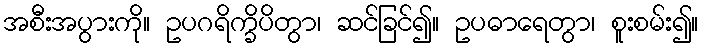
အစီးအပွားကို။ ဥပဂရိက္ခိပိတွာ၊ ဆင်ခြင်၍။ ဥပဓာရေတွာ၊ စူးစမ်း၍။